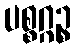
ပစ္စဂ္ဂဉ္စ